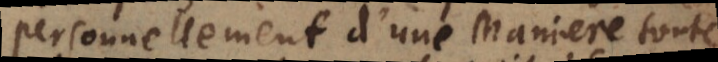
personnellement d’une Maniere toute